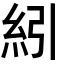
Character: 紖